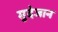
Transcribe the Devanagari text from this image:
मुदेजान